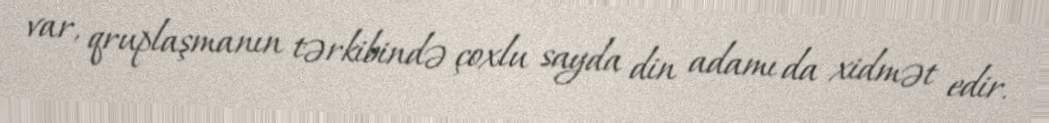
var, qruplaşmanın tərkibində çoxlu sayda din adamı da xidmət edir.